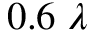
0 . 6 \; \lambda